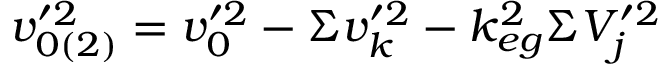
v _ { 0 ( 2 ) } ^ { \prime 2 } = v _ { 0 } ^ { \prime 2 } - \Sigma v _ { k } ^ { \prime 2 } - k _ { e g } ^ { 2 } \Sigma V _ { j } ^ { \prime 2 }